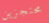
محتجزين